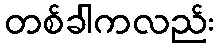
တစ်ခါကလည်း